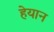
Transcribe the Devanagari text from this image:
हेयान